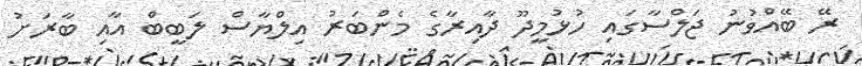
ރޭ ބޭއްވުނު ޖަލްސާގައި ހުޅުމީދޫ ދާއިރާގެ މެންބަރު އިލްޔާސް ލަބީބް އާއި ބާރަށު